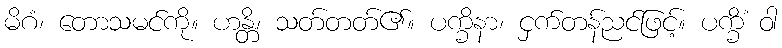
မိဂံ၊ တောသမင်ကို။ ဟန္တိ၊ သတ်တတ်၏။ ပက္ခိနာ၊ ငှက်တန်ညင်ဖြင့်။ ပက္ခိံ ဝါ